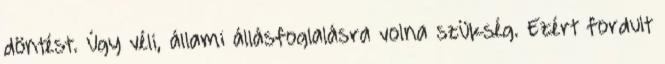
döntést. Úgy véli, állami állásfoglalásra volna szükség. Ezért fordult